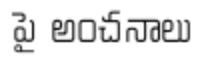
పై అంచనాలు